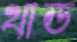
থাড